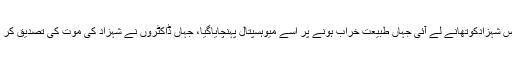
پولیس شہزادکوتھانے لے آئی جہاں طبیعت خراب ہونے پر اسے میوہسپتال پہنچایاگیا، جہاں ڈاکٹروں نے شہزاد کی موت کی تصدیق کر دی۔